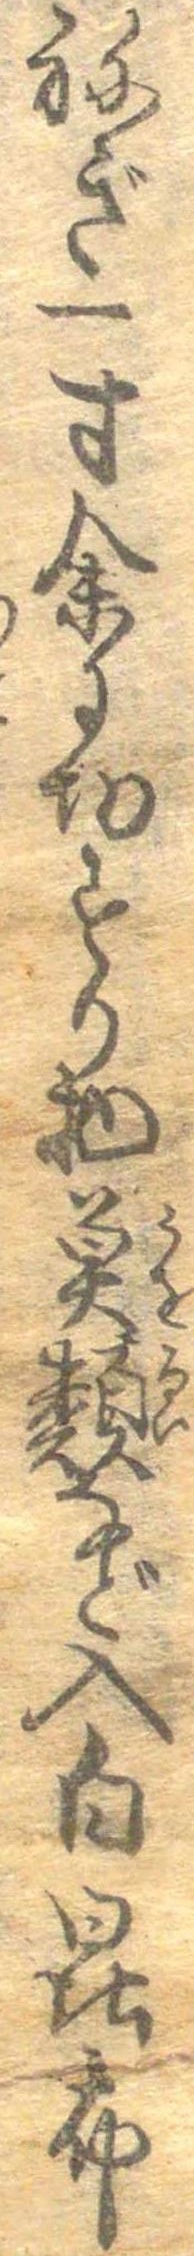
ねぎ一寸余り切すり物魚類など入白昆布